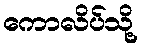
ကောလိပ်သို့